Civil Veterinary Dept. Bombay admin report 1932-41 - 1932-1941
Year: 1932
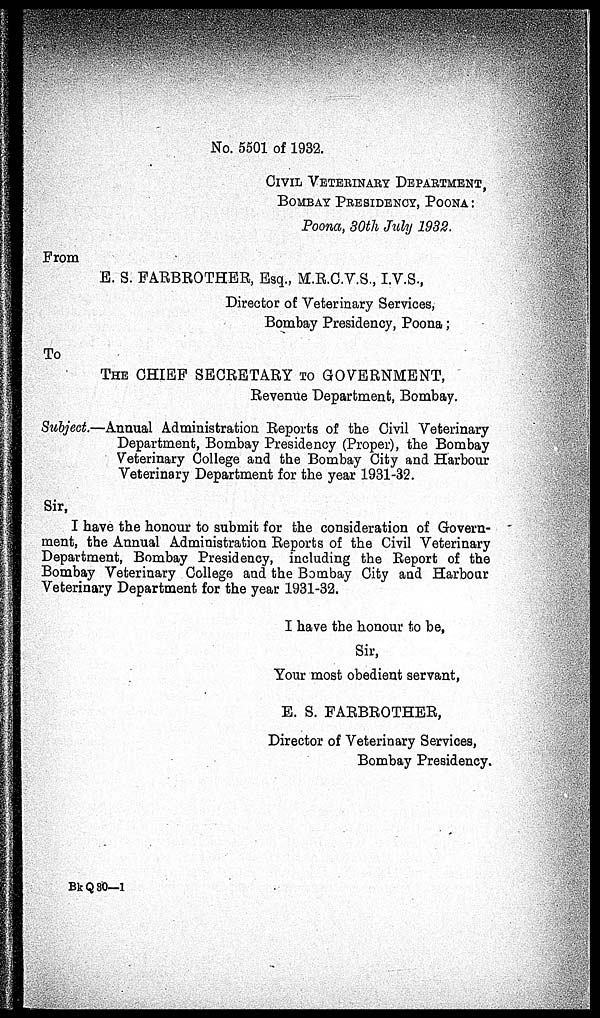
No. 5501 of 1932.
CIVIL VETERINARY DEPARTMENT,
BOMBAY PRESIDENCY, POONA:
Poona, 30th July 1932.
From
E. S. FARBROTHER, Esq., M.R.C.V.S., I.V.S.,
Director of Veterinary Services,
Bombay Presidency, Poona;
To
THE CHIEF SECRETARY TO GOVERNMENT,
Revenue Department, Bombay.
Subject.—Annual Administration Reports of the Civil Veterinary
Department, Bombay Presidency (Proper), the Bombay
Veterinary College and the Bombay City and Harbour
Veterinary Department for the year 1931-32.
Sir,
I have the honour to submit for the consideration of Govern-
ment, the Annual Administration Reports of the Civil Veterinary
Department, Bombay Presidency, including the Report of the
Bombay Veterinary College and the Bombay City and Harbour
Veterinary Department for the year 1931-32.
I have the honour to be,
Sir,
Your most obedient servant,
E. S. FARBROTHER,
Director of Veterinary Services,
Bombay Presidency.
BkQ 30—1